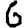
Digit: 6